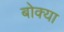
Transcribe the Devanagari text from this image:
बोक्‍या